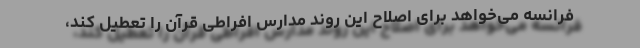
فرانسه می‌خواهد برای اصلاح این روند مدارس افراطی قرآن را تعطیل کند،